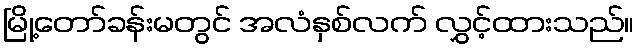
မြို့တော်ခန်းမတွင် အလံနှစ်လက် လွှင့်ထားသည်။